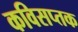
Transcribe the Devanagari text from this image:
कविसप्तक